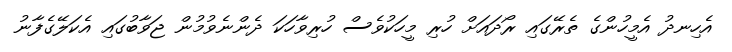
އެހިނދު އެމީހުންގެ ތެރޭގައި ރޯދައަށް ހުރި މީހަކުވެސް ހުރިވާހަކަ ދެންނެވުމުން ޖަވާބުގައި އެކަލޭގެފާނު